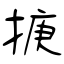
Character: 掶